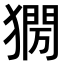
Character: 𤡌